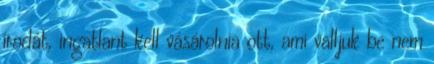
irodát, ingatlant kell vásárolnia ott, ami valljuk be nem